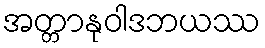
အတ္တာနုဝါဒဘယဿ